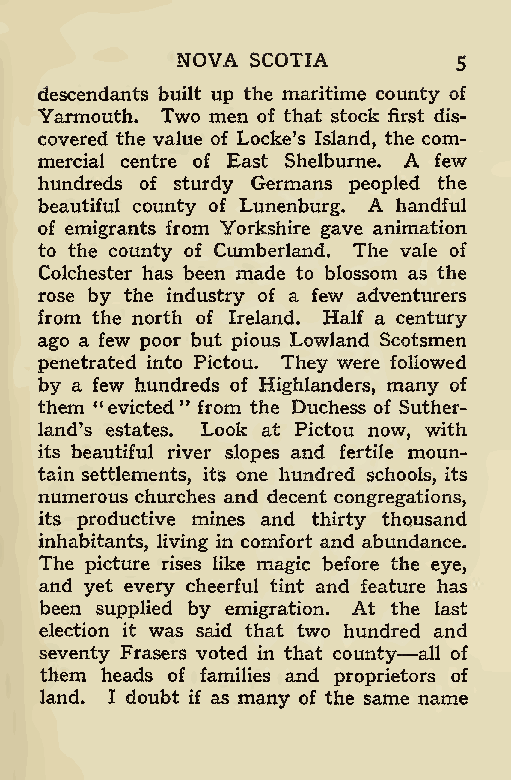
NOVA SCOTIA
 5
 descendants built up the maritime county of
 Yarmouth. Two men of that stock first dis-
 covered the value of Locke’s Island, the com-
 mercial centre of East Shelburne. A few
 hundreds of sturdy Germans peopled the
 beautiful county of Lunenburg. A handful
 of emigrants from Yorkshire gave animation
 to the county of Cumberland. The vale of
 Colchester has been made to blossom as the
 rose by the industry of a few adventurers
 from the north of Ireland. Half a century
 ago a few poor but pious Lowland Scotsmen
 penetrated into Pictou. They were followed
 by a few hundreds of Highlanders, many of
 them “evicted ” from the Duchess of Suther-
 land’s estates. Look at Pictou now, with
 its beautiful river slopes and fertile moun-
 tain settlements, its one hundred schools, its
 numerous churches and decent congregations,
 its productive mines and thirty thousand
 inhabitants, living in comfort and abundance.
 The picture rises like magic before the eye,
 and yet every cheerful tint and feature has
 been supplied by emigration. At the last
 election it was said that two hundred and
 seventy Frasers voted in that county-—all of
 them heads of families and proprietors of
 land. I doubt if as many of the same name